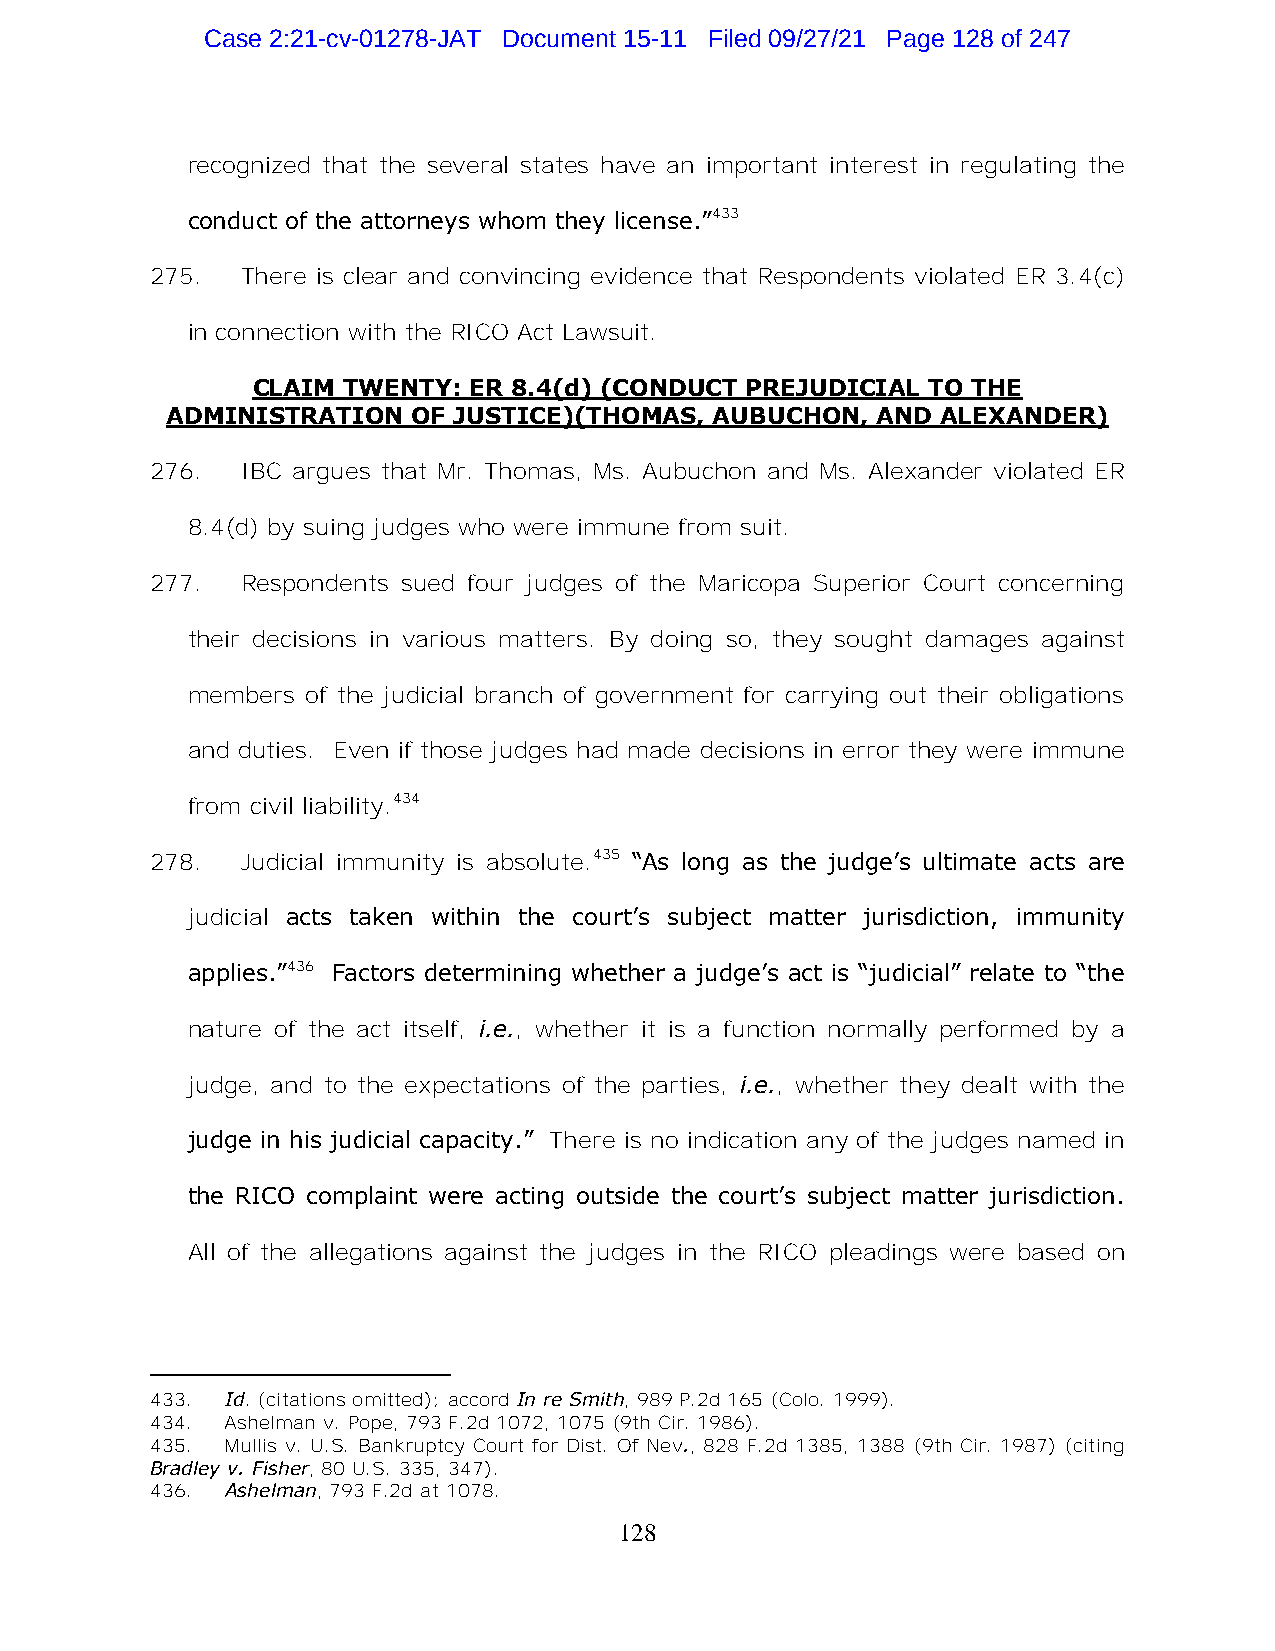
Case 2:21-cv-01278-JAT Document 15-11 Filed 09/27/21 Page 128 of 247
 recognized that the several states have an important interest in regulating the
 conduct of the attorneys whom they license.”433
 275.  There is clear and convincing evidence that Respondents violated ER 3.4(c)
 in connection with the RICO Act Lawsuit.
 CLAIM TWENTY: ER 8.4(d) (CONDUCT PREJUDICIAL TO THE
 ADMINISTRATION  OF JUSTICE)(THOMAS, AUBUCHON,  AND ALEXANDER)
 276.  IBC argues that Mr. Thomas, Ms. Aubuchon and Ms. Alexander violated ER
 8.4(d) by suing judges who were immune from suit.
 277.  Respondents sued four judges of the Maricopa Superior Court concerning
 their decisions in various matters. By doing so, they sought damages against
 members of the judicial branch of government for carrying out their obligations
 and duties. Even if those judges had made decisions in error they were immune
 from civil liability.434
 278.  Judicial immunity is absolute.435 “As long as the judge’s ultimate acts are
 judicial acts taken within the court’s subject matter jurisdiction, immunity
 applies.”436 Factors determining whether a judge’s act is “judicial” relate to “the
 nature of the act itself, i.e., whether it is a function normally performed by a
 judge, and to the expectations of the parties, i.e., whether they dealt with the
 judge in his judicial capacity.” There is no indication any of the judges named in
 the RICO complaint were acting outside the court’s subject matter jurisdiction.
 All of the allegations against the judges in the RICO pleadings were based on
 433. Id. (citations omitted); accord In re Smith, 989 P.2d 165 (Colo. 1999).
 434. Ashelman v. Pope, 793 F.2d 1072, 1075 (9th Cir. 1986).
 435. Mullis v. U.S. Bankruptcy Court for Dist. Of Nev., 828 F.2d 1385, 1388 (9th Cir. 1987) (citing
 Bradley v. Fisher, 80 U.S. 335, 347).
 436. Ashelman, 793 F.2d at 1078.
 128